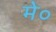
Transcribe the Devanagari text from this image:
मे०